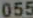
055